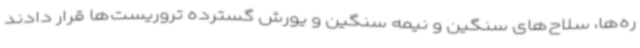
ره‌ها، سلاح‌های سنگین و نیمه سنگین و یورش گسترده تروریست‌ها قرار دادند